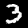
Digit: 3